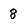
Character: 8